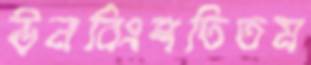
ঊনবিংশতিতম